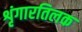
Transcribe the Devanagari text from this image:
शृंगारतिलक